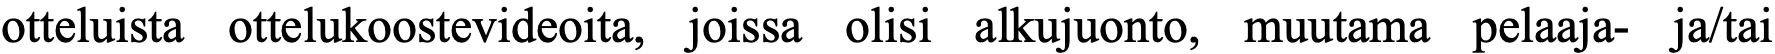
otteluista ottelukoostevideoita, joissa olisi alkujuonto, muutama pelaaja- ja/tai